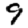
Digit: 9